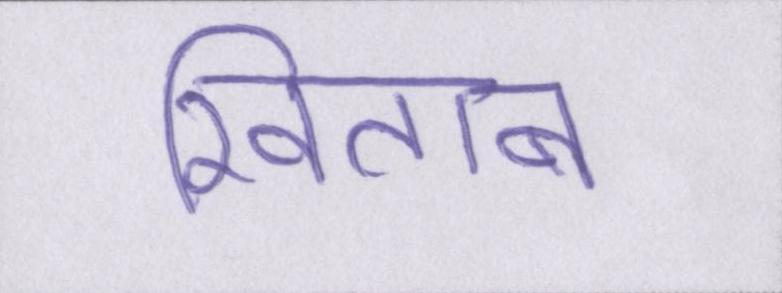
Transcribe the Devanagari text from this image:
खिताब